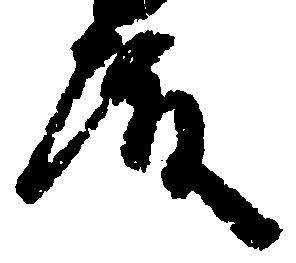
殿